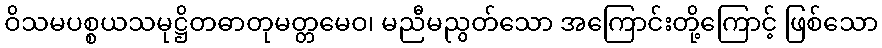
ဝိသမပစ္စယသမုဋ္ဌိတဓာတုမတ္တမေဝ၊ မညီမညွတ်သော အကြောင်းတို့ကြောင့် ဖြစ်သော